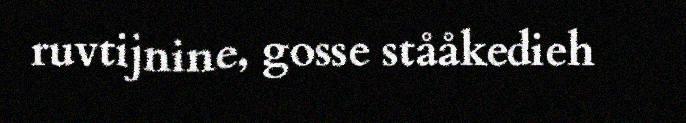
ruvtijnine, gosse stååkedieh